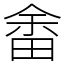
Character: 畬